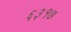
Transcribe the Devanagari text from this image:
६३१७